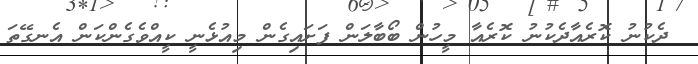
ދެކުނު ކޮރެއާދެކުނު ކޮރެއާ މީހުން ބޯބާލަން ފަށައިގެން މިއުޅެނީ ކީއްވެގެންކަން އެނގޭތަ